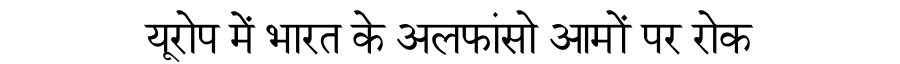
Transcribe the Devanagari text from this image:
यूरोप में भारत के अलफांसो आमों पर रोक